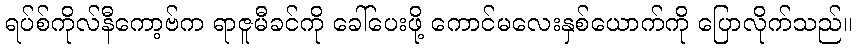
ရပ်စ်ကိုလ်နီကော့ဗ်က ရာဇူမီခင်ကို ခေါ်ပေးဖို့ ကောင်မလေးနှစ်ယောက်ကို ပြောလိုက်သည်။